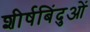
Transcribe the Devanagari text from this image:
शीर्षबिंदुओं